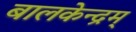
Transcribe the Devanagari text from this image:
बालकेन्द्रम्